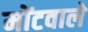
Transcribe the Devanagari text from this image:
मोंटवाले